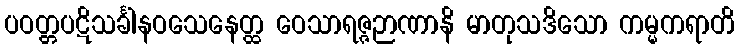
ပဝတ္တပဋိသင်္ခါနဝသေနေတ္ထ ဝေသာရဇ္ဇဉာဏာနိ မာတုသဒိသော ကမ္မကရာတိ